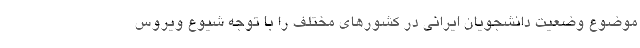
موضوع وضعیت دانشجویان ایرانی در کشورهای مختلف را با توجه شیوع ویروس